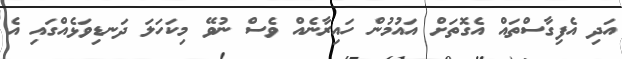
އަދި އެފިގާސްތައް އެގޮތަށް އައުމުން ހައިރާނެއް ވެސް ނުވޭ މިކަހަލަ ދަނޑިވަޅެއްގައި އެ